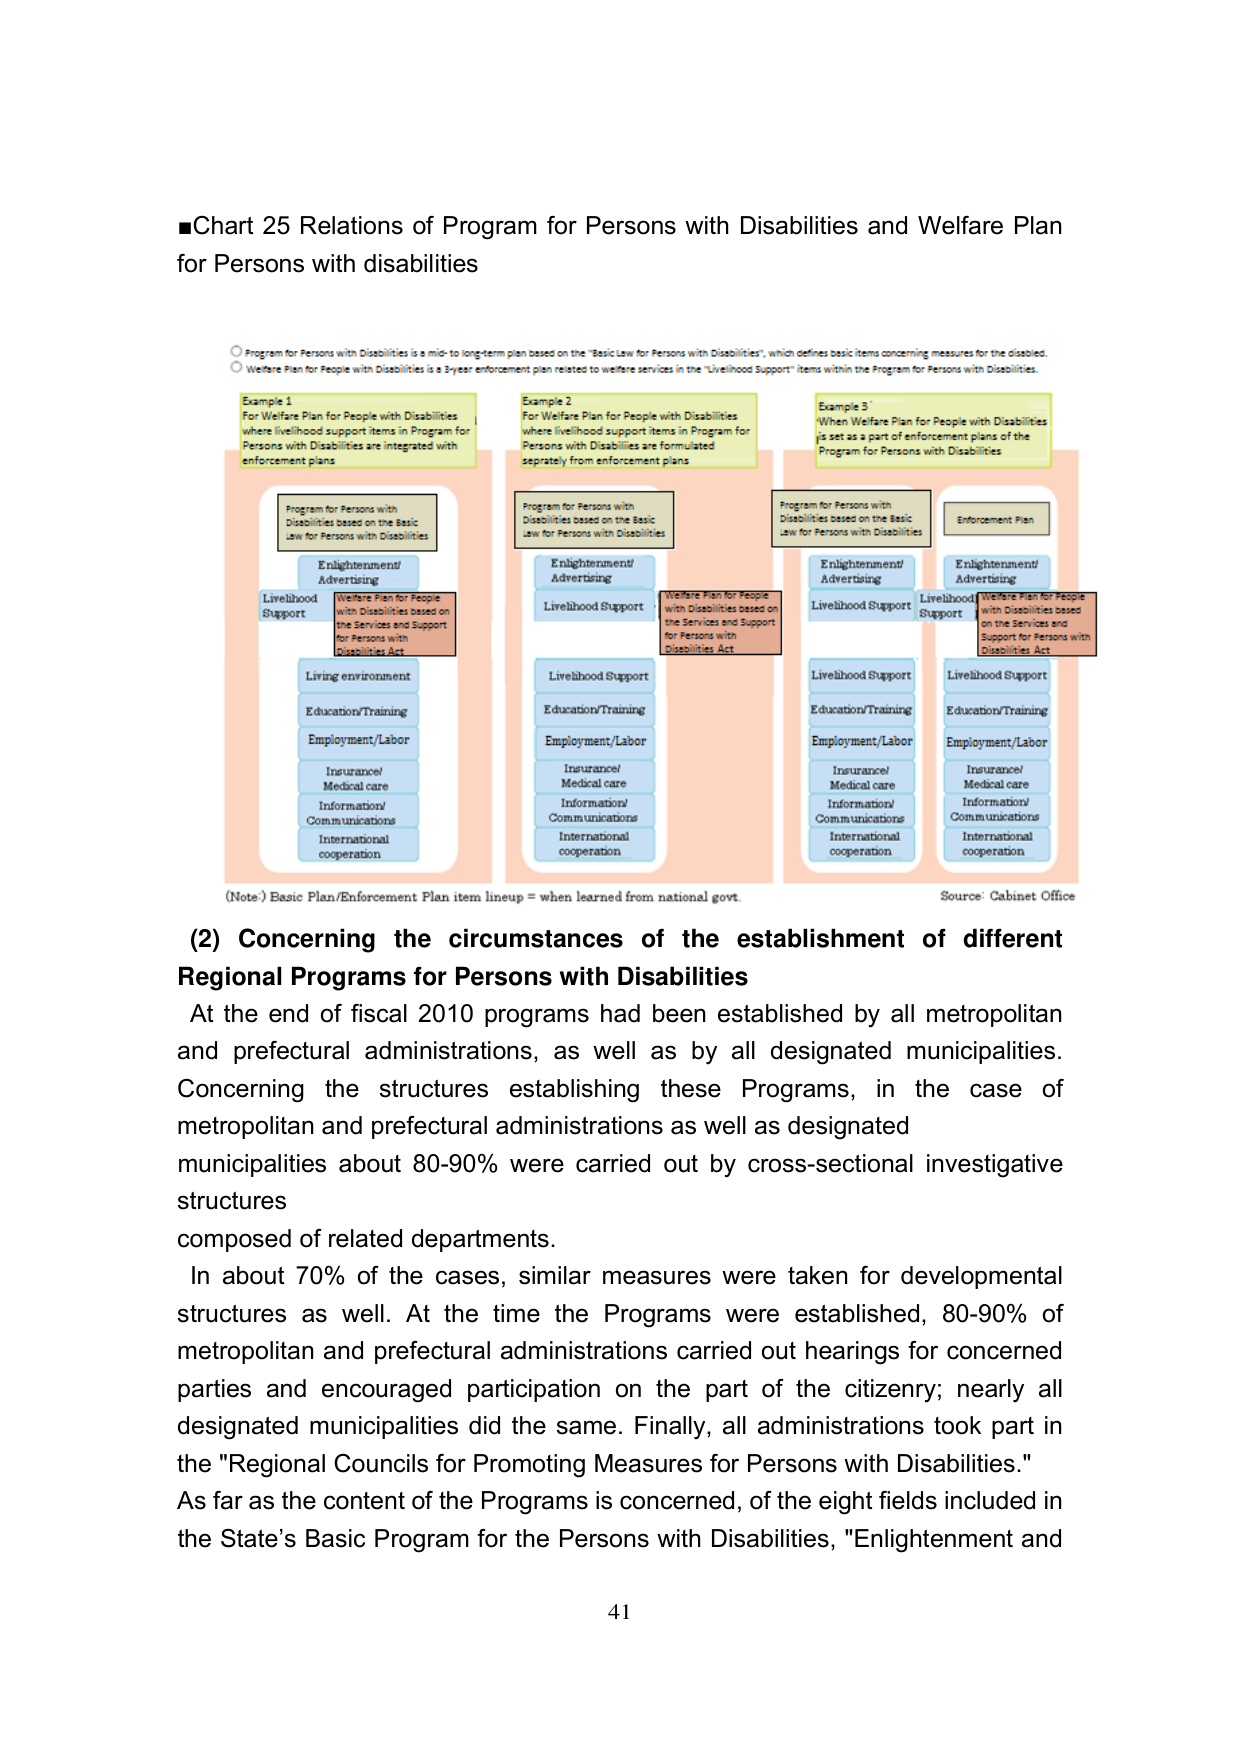
■Chart 25 Relations of Program for Persons with Disabilities and Welfare Plan for Persons with disabilities

○ Program for Persons with Disabilities is a mid- to long-term plan based on the "Basic Law for Persons with Disabilities", which defines basic items concerning measures for the disabled.
○ Welfare Plan for People with Disabilities is a 5-year enforcement plan related to welfare services in the "Livelihood Support" items within the Program for Persons with Disabilities.

Example 1
For Welfare Plan for People with Disabilities where livelihood support items in Program for Persons with Disabilities are integrated with enforcement plans

Program for Persons with Disabilities based on the Basic Law for Persons with Disabilities

Enlightenment/ Advertising
Livelihood Support
Welfare Plan for People with Disabilities based on the Services and Support for Persons with Disabilities Act

Living environment
Education/Training
Employment/Labor
Insurance/ Medical care
Information/ Communications
International cooperation

Example 2
For Welfare Plan for People with Disabilities where livelihood support items in Program for Persons with Disabilities are formulated separately from enforcement plans

Program for Persons with Disabilities based on the Basic Law for Persons with Disabilities

Enlightenment/ Advertising
Livelihood Support
Welfare Plan for People with Disabilities based on the Services and Support for Persons with Disabilities Act

Livelihood Support
Education/Training
Employment/Labor
Insurance/ Medical care
Information/ Communications
International cooperation

Example 3
When Welfare Plan for People with Disabilities is set as a part of enforcement plans of the Program for Persons with Disabilities

Program for Persons with Disabilities based on the Basic Law for Persons with Disabilities

Enlightenment/ Advertising
Livelihood Support
Welfare Plan for People with Disabilities based on the Services and Support for Persons with Disabilities Act

Livelihood Support
Education/Training
Employment/Labor
Insurance/ Medical care
Information/ Communications
International cooperation

Enforcement Plan

Enlightenment/ Advertising
Livelihood Support
Welfare Plan for People with Disabilities based on the Services and Support for Persons with Disabilities Act

Livelihood Support
Education/Training
Employment/Labor
Insurance/ Medical care
Information/ Communications
International cooperation

(Note) Basic Plan/Enforcement Plan item lineup = when learned from national govt.
Source: Cabinet Office

(2) Concerning the circumstances of the establishment of different Regional Programs for Persons with Disabilities
At the end of fiscal 2010 programs had been established by all metropolitan and prefectural administrations, as well as by all designated municipalities. Concerning the structures establishing these Programs, in the case of metropolitan and prefectural administrations as well as designated municipalities about 80-90% were carried out by cross-sectional investigative structures composed of related departments.
In about 70% of the cases, similar measures were taken for developmental structures as well. At the time the Programs were established, 80-90% of metropolitan and prefectural administrations carried out hearings for concerned parties and encouraged participation on the part of the citizenry; nearly all designated municipalities did the same. Finally, all administrations took part in the "Regional Councils for Promoting Measures for Persons with Disabilities."
As far as the content of the Programs is concerned, of the eight fields included in the State's Basic Program for the Persons with Disabilities, "Enlightenment and

41